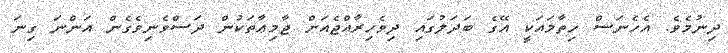
ދިނުމެވެ. އެހެނަސް ހިތާމައަކީ އޭގެ ބަދަލުގައި ދިވެހިރާއްޖެއަށް ޖާމިޢާތަކުން ދަސްވެނިވެގެން އަންނަ ގިނަ